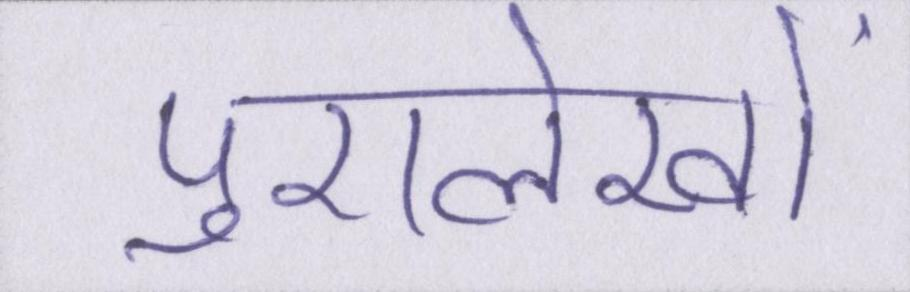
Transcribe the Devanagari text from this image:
पुरालेखों